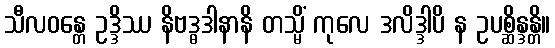
သီလဝန္တေ ဥဒ္ဒိဿ နိဗဒ္ဓဒါနာနိ တသ္မိံ ကုလေ ဒလိဒ္ဒါပိ န ဥပစ္ဆိန္ဒန္တိ။